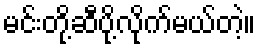
မင်းတို့ဆီပို့လိုက်မယ်တဲ့။